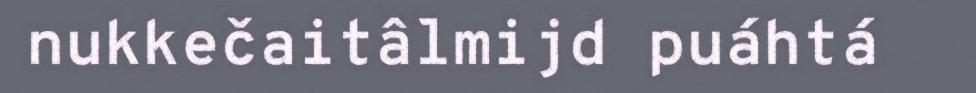
nukkečaitâlmijd puáhtá